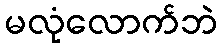
မလုံလောက်ဘဲ